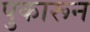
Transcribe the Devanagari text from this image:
पुकारून